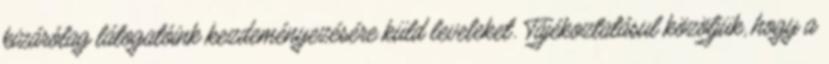
kizárólag látogatóink kezdeményezésére küld leveleket. Tájékoztatásul közöljük, hogy a